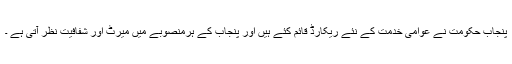
پنجاب حکومت نے عوامی خدمت کے نئے ریکارڈ قائم کئے ہیں اور پنجاب کے ہرمنصوبے میں میرٹ اور شفافیت نظر آتی ہے ۔